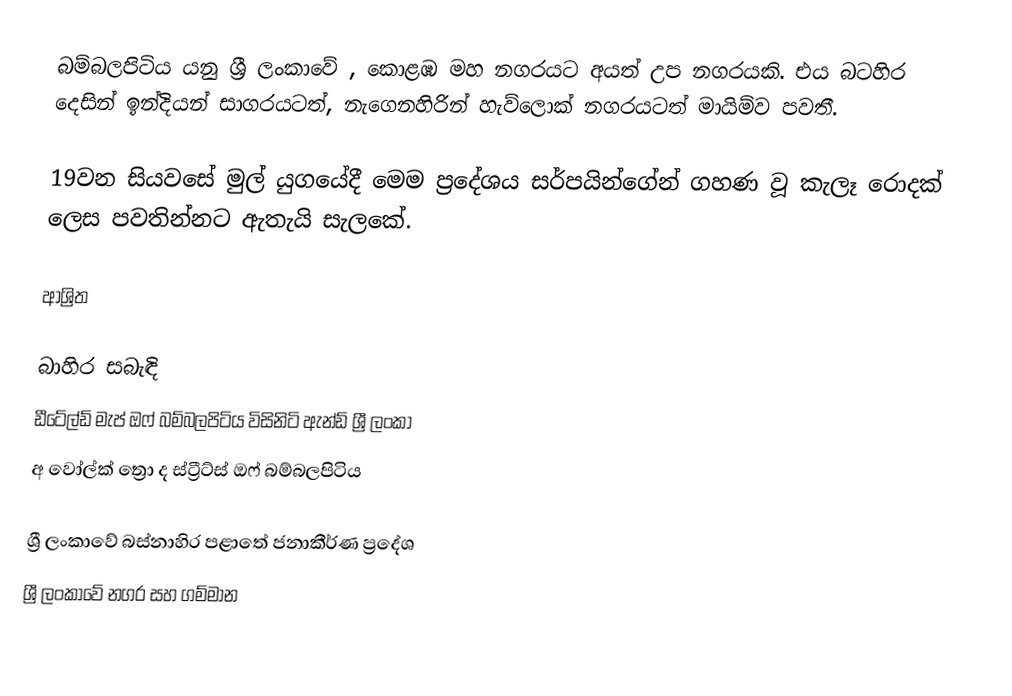
බම්බලපිටිය යනු ශ්‍රී ලංකාවේ , කොළඹ මහ නගරයට අයත් උප නගරයකි. එය බටහිර දෙසින් ඉන්දියන් සාගරයටත්, නැගෙනහිරින් හැව්ලොක් නගරයටත් මායිම්ව පවතී.

19වන සියවසේ මුල් යුගයේදී මෙම ප්‍රදේශය සර්පයින්ගේන් ගහණ වූ කැලෑ රොදක් ලෙස පවතින්නට ඇතැයි සැලකේ.

ආශ්‍රිත

බාහිර සබැඳි
ඩීටේල්ඩ් මැප් ඔෆ් බම්බලපිටිය විසිනිටි ඇන්ඩ් ශ්‍රී ලංකා
අ වෝල්ක් ත්‍රො ද ස්ට්‍රීට්ස් ඔෆ් බම්බලපිටිය

ශ්‍රී ලංකාවේ බස්නාහිර පළාතේ ජනාකීර්ණ ප්‍රදේශ
ශ්‍රී ලංකාවේ නගර සහ ගම්මාන